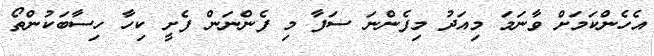
އެހެންކަމަށް ވާނަމަ މިއަދު މިފެންނަ ސަފާ މި ފެންނަން ފެށީ ކިހާ ހިސާބަކުންތޯ